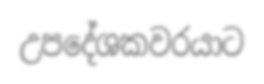
උපදේශකවරයාට